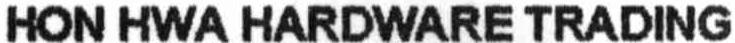
HON HWA HARDWARE TRADING